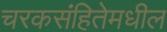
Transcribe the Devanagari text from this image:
चरकसंहितेमधील